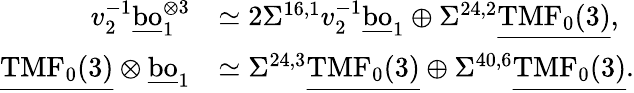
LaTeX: \begin{array}{rl}{v_{2}^{-1}\underline{{\mathrm{bo}}}_{1}^{\otimes 3}}&{\simeq 2\Sigma^{16,1}v_{2}^{-1}\underline{{\mathrm{bo}}}_{1}\oplus\Sigma^{24,2}\underline{{\mathrm{TMF}_{0}(3)}},}\\ {\underline{{\mathrm{TMF}_{0}(3)}}\otimes\underline{{\mathrm{bo}}}_{1}}&{\simeq\Sigma^{24,3}\underline{{\mathrm{TMF}_{0}(3)}}\oplus\Sigma^{40,6}\underline{{\mathrm{TMF}_{0}(3)}}.}\end{array}